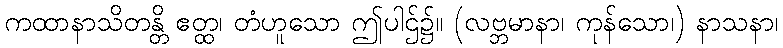
ကထာနာသိတန္တိ ဧတ္ထ၊ တံဟူသော ဤပါဌ်၌။ (လဗ္ဘမာနာ၊ ကုန်သော၊) နာသနာ၊